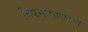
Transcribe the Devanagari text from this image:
विषमांगावरण